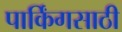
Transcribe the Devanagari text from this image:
पार्किंगसाठी